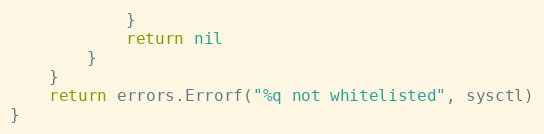
Language: Go
			}
			return nil
		}
	}
	return errors.Errorf("%q not whitelisted", sysctl)
}